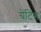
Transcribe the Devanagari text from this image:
ग्रेंटिंग